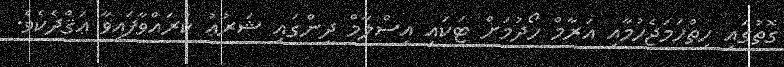
ގޮތުގައި ހިތްހަމަޖެހުމާއި އަރާމް ހޯދުމަށް ޓަކައި އިސްލާމް ދީންގައި ޝަރުޢު ކުރައްވާފައިވާ ޢަޤްދެކެވެ.